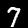
Digit: 7